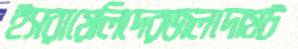
ইসরায়েলিদেরজলদোষট